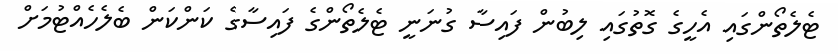
ޓެލެތޯންގައި އެހީގެ ގޮތުގައި ލިބުން ފައިސާ ގުނަނީ ޓެލެތޯންގެ ފައިސާގެ ކަންކަން ބެލެހެއްޓުމަށް